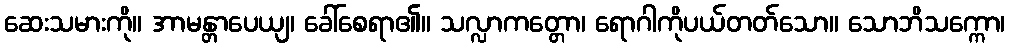
ဆေးသမားကို။ အာမန္တာပေယျ၊ ခေါ်စေရာ၏။ သလ္လာကတ္တော၊ ရောဂါကိုပယ်တတ်သော။ သောဘိသက္ကော၊